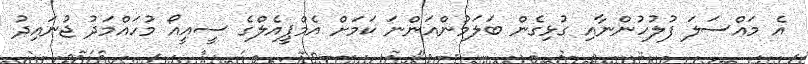
އެ މައްސަލަ ފުލުހުންނާއި ގުޅިގެން ބަލަމުންއަންނަ ކަމަށް އެމްޕީއެލްގެ ސީއީއޯ މުހައްމަދު ޖުނައިދު